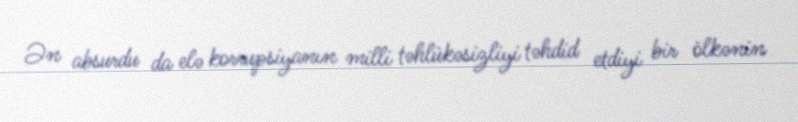
Ən absurdu da elə korrupsiyanın milli təhlükəsizliyi təhdid etdiyi bir ölkənin